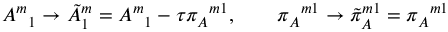
{ A ^ { m } } _ { 1 } \to { \tilde { A } ^ { m } } _ { 1 } = { A ^ { m } } _ { 1 } - \tau { \pi _ { A } } ^ { m 1 } , \qquad { \pi _ { A } } ^ { m 1 } \to { \tilde { \pi } _ { A } } ^ { m 1 } = { \pi _ { A } } ^ { m 1 }